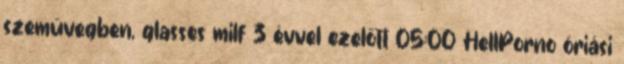
szemüvegben, glasses milf 3 évvel ezelőtt 05:00 HellPorno óriási